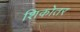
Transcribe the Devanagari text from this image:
शिकोतर